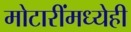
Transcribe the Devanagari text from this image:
मोटारींमध्येही